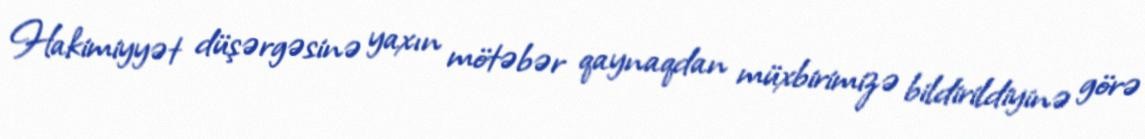
Hakimiyyət düşərgəsinə yaxın mötəbər qaynaqdan müxbirimizə bildirildiyinə görə